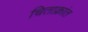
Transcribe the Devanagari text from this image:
चिताक्रांत